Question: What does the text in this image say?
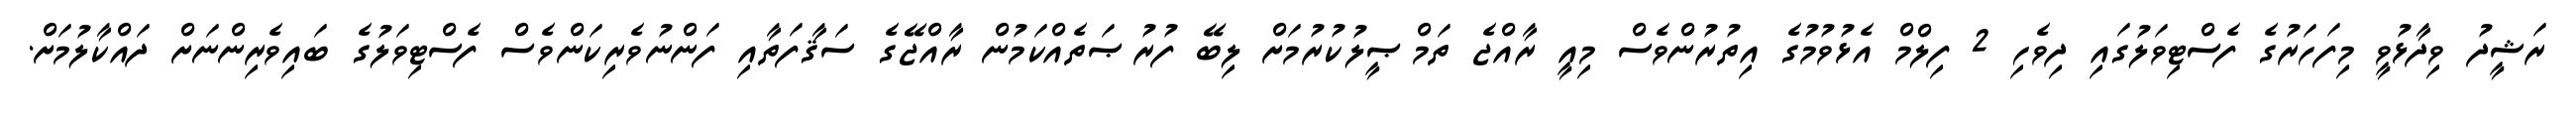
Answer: ރަޝީދު ވިދާޅުވީ މިފަހަރުގެ ފެސްޓިވަލުގައި ދިވެހި 2 ފިލްމް އެޅުވުމުގެ އިތުރުންވެސް މިއީ ރާއްޖެ ތަމްޞީލުކުރުމަށް ލިބޭ ފުރުޞަތެއްކަމުން ރާއްޖޭގެ ސަޤާފަތާއި ފަންނުވެރިކަންވެސް ފެސްޓިވަލުގެ ބައިވެރިންނަށް ދައްކާލުމަށް.